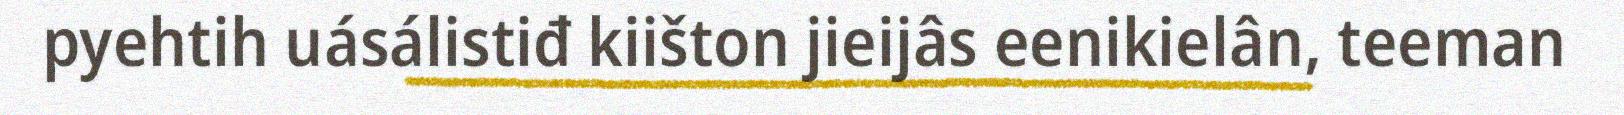
pyehtih uásálistiđ kiišton jieijâs eenikielân, teeman